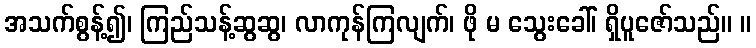
အသက်စွန့်၍၊ ကြည်သန့်ဆွဆွ၊ လာကုန်ကြလျက်၊ ဖို မ သွေးခေါ်၊ ရှိပူဇော်သည်။ ။